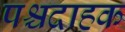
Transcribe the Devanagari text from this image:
पश्चदाहक